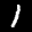
Label: 1